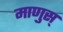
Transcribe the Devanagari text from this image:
माणुस्